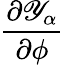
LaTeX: \frac{\partial{\mathscr Y}_{\alpha}}{\partial\phi}